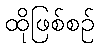
ထိုဖြစ်စဉ်